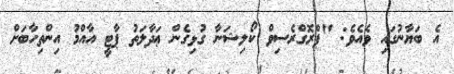
އެ ބަޔާނުގައި ވެއެވެ: "ޕްރޮގްރެސިވް ކޯލިޝަނާ ގުޅިގެން ޢަދާލަތު ޕާޓީ އާއްމު އިންތިހާބަށް